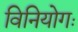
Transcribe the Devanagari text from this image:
विनियोगः